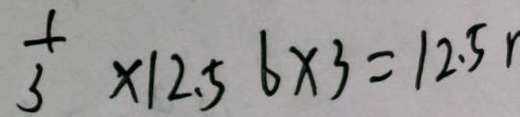
\frac { 1 } { 3 } \times 1 2 . 5 6 \times 3 = 1 2 . 5 r